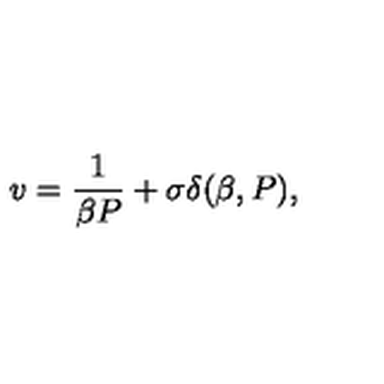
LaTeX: v = \frac { 1 } { \beta P } + \sigma \delta ( \beta , P ) ,